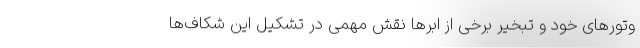
وتور‌های خود و تبخیر برخی از ابر‌ها نقش مهمی در تشکیل این شکاف‌ها